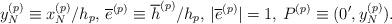
LaTeX: \begin{align*}y_{N}^{(p)}\equiv x_{N}^{(p)}/h_{p},\, \overline{e}^{(p)}\equiv\overline{h}^{(p)}/h_{p},\,|\overline{e}^{(p)}|=1,\,P^{(p)}\equiv(0^{\prime},y_{N}^{(p)}). \end{align*}